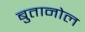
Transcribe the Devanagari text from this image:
बुतानोल